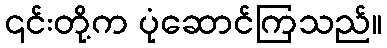
၎င်းတို့က ပုံဆောင်ကြသည်။